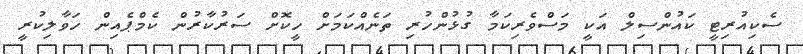
ސެކިއުރިޓީ ކައުންސިލް އަކީ މަސްވެރިކަމާ ގުޅުންހުރި ތަނެއްކަމަށް ހީކޮށް ސަރުކާރުން ކެމްޕެއިން ހަވާލިކުރީ